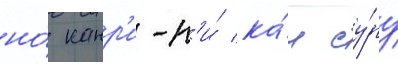
но́ канр'и-н'и́ ка́н су́ру